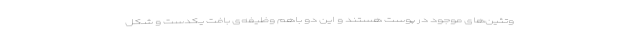
وتئین‌های موجود در پوست هستند و این دو باهم وظیفه‌ی بافت یکدست و شکل